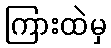
ကြားထဲမှ